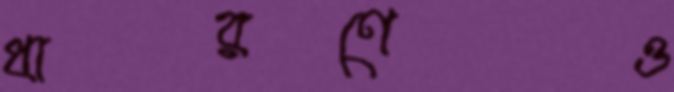
ধারণেও